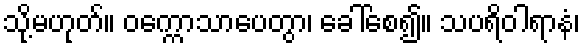
သို့မဟုတ်။ ဝက္ကောသာပေတွာ၊ ခေါ်စေ၍။ သပရိဝါရာနံ၊